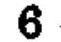
\(6\)